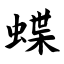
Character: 蝶